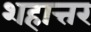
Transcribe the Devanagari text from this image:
शहात्तर